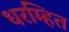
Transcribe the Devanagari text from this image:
धरम्हित